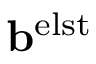
\mathbf b ^ { \mathrm { e l s t } }